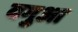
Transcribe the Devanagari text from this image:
बगुआ